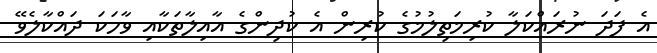
އެ ފަދަ ނުރައްކަލާ ކުރިމަތިލުމުގެ ކުރިން އެ ކުދިންގެ އާއިލާތަކާއި ވާހަކަ ދައްކާލެވޭ